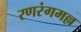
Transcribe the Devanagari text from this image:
रणरंगमल्ल